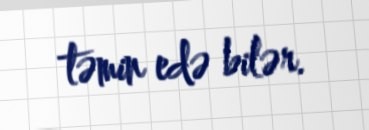
təmin edə bilər.